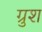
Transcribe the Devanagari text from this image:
ग्रुश